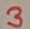
Text: 3